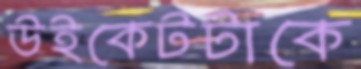
উইকেটটাকে